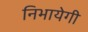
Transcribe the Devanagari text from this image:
निभायेगी